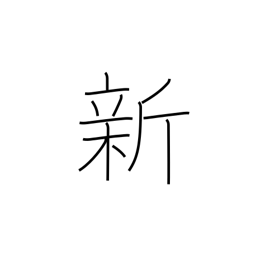
Meaning: new